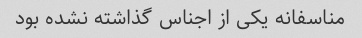
مناسفانه یکی از اجناس گذاشته نشده بود